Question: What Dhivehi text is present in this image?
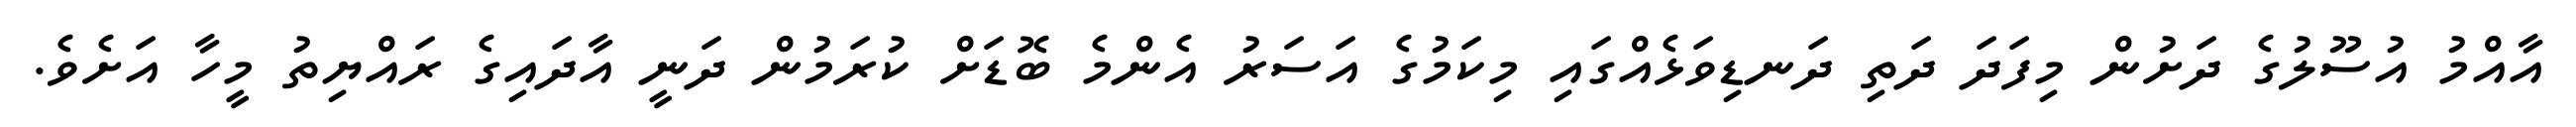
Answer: އާއްމު އުސޫލުގެ ދަށުން މިފަދަ ދަތި ދަނޑިވަޅެއްގައި މިކަމުގެ އަސަރު އެންމެ ބޮޑަށް ކުރަމުން ދަނީ އާދައިގެ ރައްޔިތު މީހާ އަށެވެ.